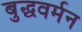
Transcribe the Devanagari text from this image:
बुद्धवर्मन